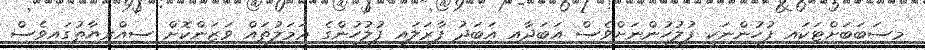
މިސަބަބަށްޓަކައި ފުހުންނަކީ ފުލުހުންނަށްވެސް އަބަދާއި އަބަދު ފާރަލައި ފުލުހުންގެ ޢަމަލުތައް ވަޒަންކޮށް ސިއްރިޔާތުގައިވެސް